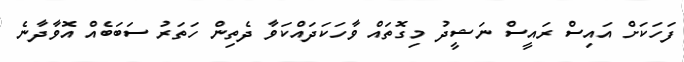
ފަހަކަށް އައިސް ރައީސް ނަޝީދު މިގޮތައް ވާހަކަދައްކަވާ ދެތިން ހަތަރު ސަބަބެއް އޮވާދާނެ